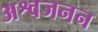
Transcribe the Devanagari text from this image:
अश्वजनन